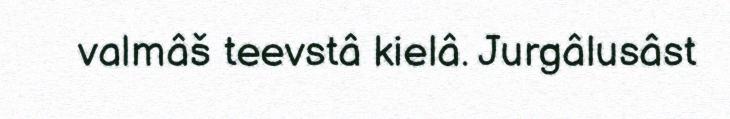
valmâš teevstâ kielâ. Jurgâlusâst